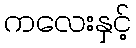
ကလေးနှင့်